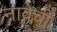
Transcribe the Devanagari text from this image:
नावेची